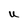
Character: U